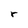
Character: r